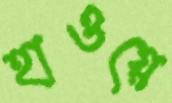
হাওয়ে